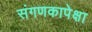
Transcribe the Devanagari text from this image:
संगणकापेक्षा